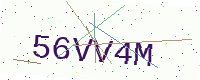
Text: 56VV4M